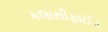
કલાસીફાઈડ